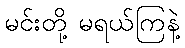
မင်းတို့ မရယ်ကြနဲ့